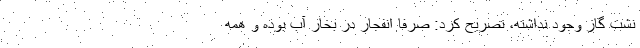
نشت گاز وجود نداشته، تصریح کرد: صرفا انفجار در بخار آب بوده و همه